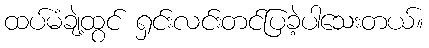
ထပ်မံချဲ့ထွင် ရှင်းလင်းတင်ပြခဲ့ပါသေးတယ်။